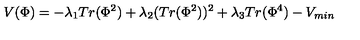
V ( \Phi ) = - \lambda _ { 1 } T r ( \Phi ^ { 2 } ) + \lambda _ { 2 } ( T r ( \Phi ^ { 2 } ) ) ^ { 2 } + \lambda _ { 3 } T r ( \Phi ^ { 4 } ) - V _ { m i n }